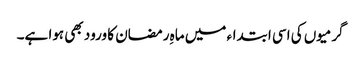
گرمیوں کی اسی ابتداء میں ماہِ رمضان کا ورود بھی ہوا ہے۔